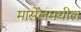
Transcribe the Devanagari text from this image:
मार्सेलमधील